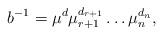
LaTeX: \begin{align*}b^{-1}=\mu^{d} \mu_{r+1}^{d_{r+1}}\dots \mu_n^{d_n},\end{align*}